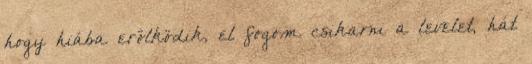
hogy hiába erőlködik, el fogom csikarni a levelet, hát